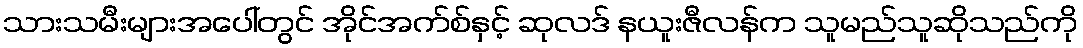
သားသမီးများအပေါ်တွင် အိုင်အက်စ်နှင့် ဆုလဒ် နယူးဇီလန်က သူမည်သူဆိုသည်ကို